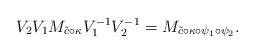
LaTeX: \begin{align*} V_{2}V_1M_{\tilde{c}\circ\kappa} V_1^{-1} V_{2}^{-1} = M_{\tilde{c}\circ\kappa\circ\psi_1\circ\psi_2}.\end{align*}